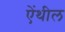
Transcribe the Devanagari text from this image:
ऐंथील